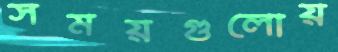
সময়গুলোয়